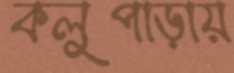
কলুপাড়ায়